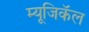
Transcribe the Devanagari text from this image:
म्यूजिकॅल